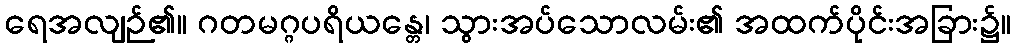
ရေအလျဉ်၏။ ဂတမဂ္ဂပရိယန္တေ၊ သွားအပ်သောလမ်း၏ အထက်ပိုင်းအခြား၌။